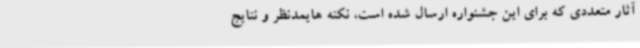
آثار متعددی که برای این جشنواره ارسال شده است، نکته هایمدنظر و نتایج